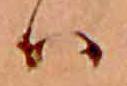
ハ